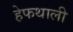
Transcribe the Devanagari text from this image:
हेफथाली